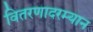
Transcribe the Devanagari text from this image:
वितरणादरम्यान